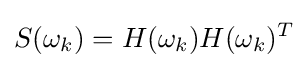
S(\omega _{k})=H(\omega _{k})H(\omega _{k})^{T}